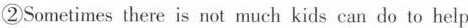
②Sometimes there is not much kids can do to help